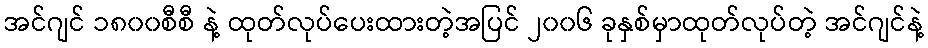
အင်ဂျင် ၁၈၀၀စီစီ နဲ့ ထုတ်လုပ်ပေးထားတဲ့အပြင် ၂၀၀၆ ခုနှစ်မှာထုတ်လုပ်တဲ့ အင်ဂျင်နဲ့